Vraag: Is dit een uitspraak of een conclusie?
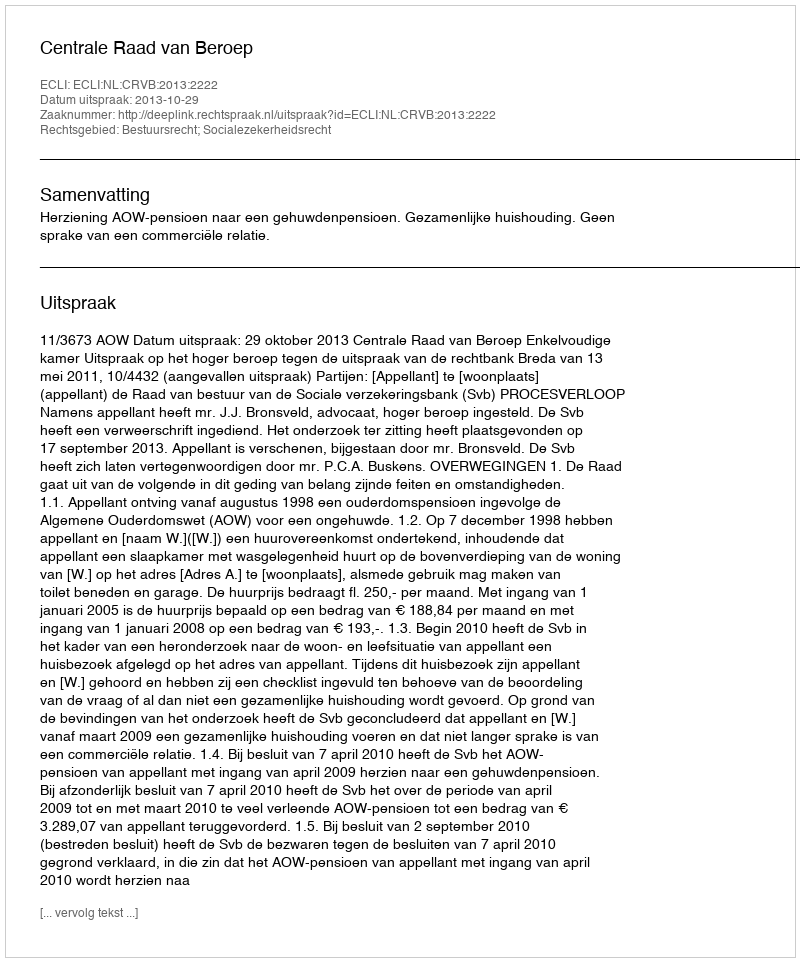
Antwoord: Uitspraak